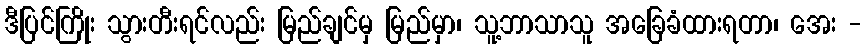
ဒီပြင်ကြိုး သွားတီးရင်လည်း မြည်ချင်မှ မြည်မှာ၊ သူ့ဘာသာသူ အခြေခံထားရတာ၊ အေး -